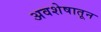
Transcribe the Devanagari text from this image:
अवशेषातून